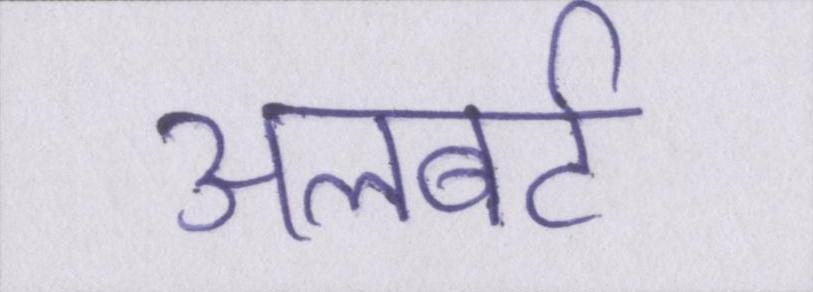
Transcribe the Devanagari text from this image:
अलबर्ट